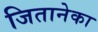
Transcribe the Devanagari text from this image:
जितानेका